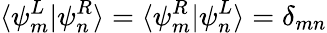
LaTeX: \langle\psi_{m}^{L}|\psi_{n}^{R}\rangle=\langle\psi_{m}^{R}|\psi_{n}^{L}\rangle=\delta_{mn}